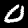
Label: 0